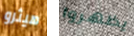
هيثرو يظهروا